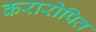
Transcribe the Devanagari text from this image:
करारोपित